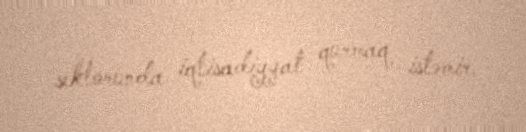
sektorunda iqtisadiyyat qurmaq istəmir.